Report of the Municipal Commissioner on the plague in Bombay for the year ending 31st May... - Volume 1
Disease focus: Plague
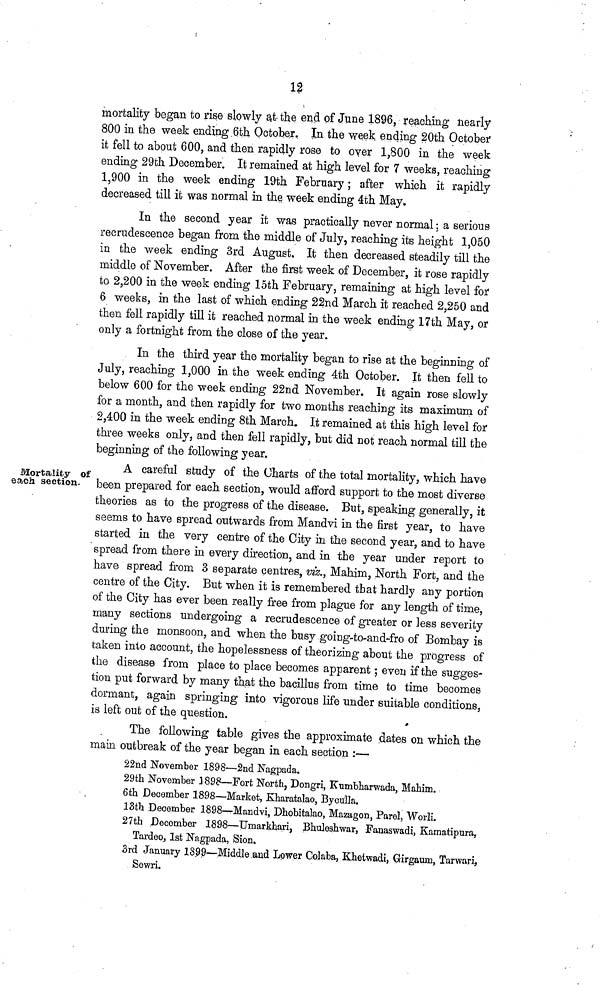
18
mortality began to rise slowly at the end of June 1896, reaching nearly
800 in the week ending 6th October. In the week ending 20th October
it fell to about 600, and then rapidly rose to over 1,800 in the week
ending 29th December. It remained at high level for 7 weeks, reaching
1,900 in the week ending 19th February; after which it rapidly
decreased till it was normal in the week ending 4th May.
In the second year it was practically never normal; a serious
recrudescence began from the middle of July, reaching its height 1,050
in the week ending 3rd August. It then decreased steadily till the
middle of November. After the first week of December, it rose rapidly
to 2,200 in the week ending 15th February, remaining at high level for
6 weeks, in the last of which ending 22nd March it reached 2,250 and
then fell rapidly till it reached normal in the week ending 17th May, or
only a fortnight from the close of the year.
In the third year the mortality began to rise at the beginning of
July, reaching 1,000 in the week ending 4th October. It then fell to
below 600 for the week ending 22nd November. It again rose slowly
for a month, and then rapidly for two months reaching its maximum of
2,400 in the week ending 8th March. It remained at this high level for
three weeks only, and then fell rapidly, but did not reach normal till the
beginning of the following year.
Mortality of
each section.
A careful study of the Charts of the total mortality, which have
been prepared for each section, would afford support to the most diverse
theories as to the progress of the disease. But, speaking generally, it
seems to have spread outwards from Mandvi in the first year, to have
started in the very centre of the City in the second year, and to have
spread from there in every direction, and in the year under report to
have spread from 3 separate centres, viz., Mahim, North Fort, and the
centre of the City. But when it is remembered that hardly any portion
of the City has ever been really free from plague for any length of time,
many sections undergoing a recrudescence of greater or less severity
during the monsoon, and when the busy going-to-and-fro of Bombay is
taken into account, the hopelessness of theorizing about the progress of
the disease from place to place becomes apparent; even if the sugges-
tion put forward by many that the bacillus from time to time becomes
dormant, again springing into vigorous life under suitable conditions,
is left out of the question.
The following table gives the approximate dates on which the
main outbreak of the year began in each section :—
22nd November 1898—2nd Nagpada.
29th November 1898—Fort North, Dongri, Kumbharwada, Mahim.
6th December 1898—Market, Kharatalao, Byculla.
13th December 1898—Mandvi, Dhobitalao, Mazagon, Parel, "Worli.
27th December 1898—Umarkhari, Bhuleshwar, Fanaswadi, Kamatipura,
TardeOj 1st Nagpada, Sion.
3rd January 1899—Middle and Lower Colaba, Khetwadi, Girgaum, Tarwari,
Sewri.